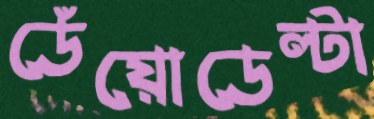
ডেঁয়োডেল্টা